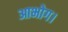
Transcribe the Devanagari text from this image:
आभोग।